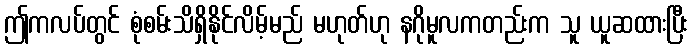
ဤကလပ်တွင် စုံစမ်းသိရှိနိုင်လိမ့်မည် မဟုတ်ဟု နဂိုမူလကတည်းက သူ ယူဆထားပြီး